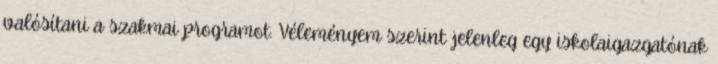
valósítani a szakmai programot. Véleményem szerint jelenleg egy iskolaigazgatónak